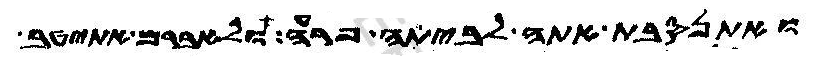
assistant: ואתנסבת אתה לביתה פרעה ולאברם אתיטב